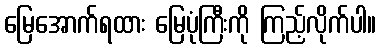
မြေအောက်ရထား မြေပုံကြီးကို ကြည့်လိုက်ပါ။